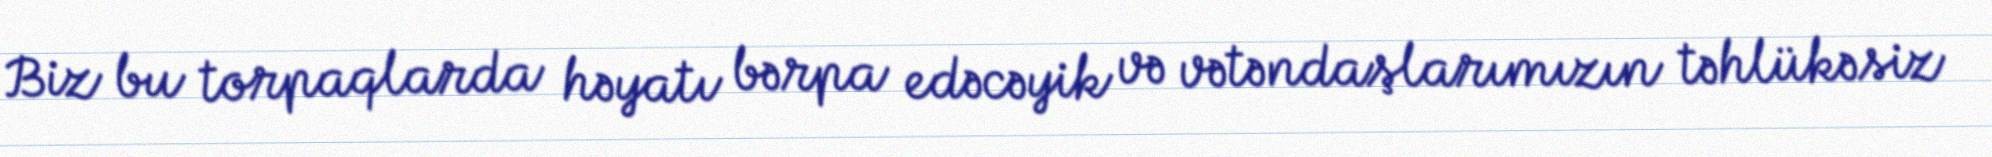
Biz bu torpaqlarda həyatı bərpa edəcəyik və vətəndaşlarımızın təhlükəsiz